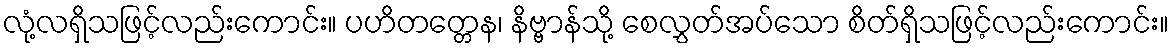
လုံ့လရှိသဖြင့်လည်းကောင်း။ ပဟိတတ္တေန၊ နိဗ္ဗာန်သို့ စေလွှတ်အပ်သော စိတ်ရှိသဖြင့်လည်းကောင်း။